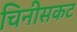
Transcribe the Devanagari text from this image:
चिनीसकट